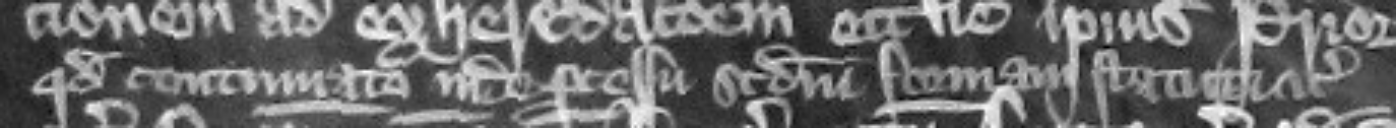
quod continuato inde processu secundum formam statuti etc.